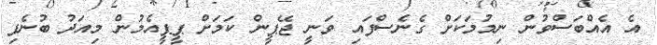
އެ އެއްބަސްވުން ނިމުމަކަށް ގެނެސްފައި ވަނީ ޖޭޕީން ކަމަށް ޕީޕީއެމުން މިއަދު ބުނެފި